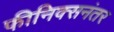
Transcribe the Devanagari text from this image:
फीनिक्सनंतर